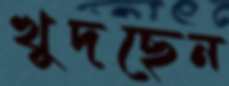
খুদছেন